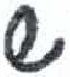
אות: ש